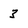
Character: 3